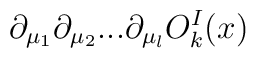
\partial_{\mu_1}\partial_{\mu_2}...\partial_{\mu_l} O_k^I(x)